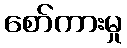
စော်ကားမှု